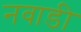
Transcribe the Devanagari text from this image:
नवाडी